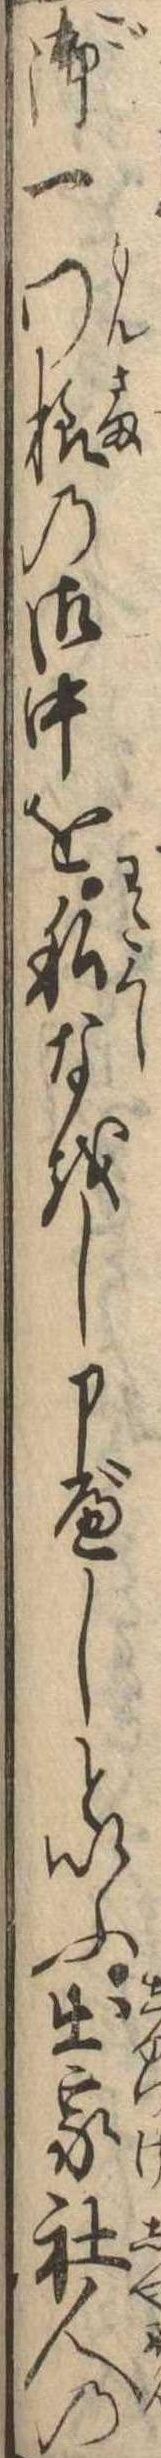
御一門様の御中を私なをし申べしといふ出家社人の